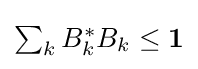
{\textstyle \sum _{k}B_{k}^{*}B_{k}\leq \mathbf {1} }